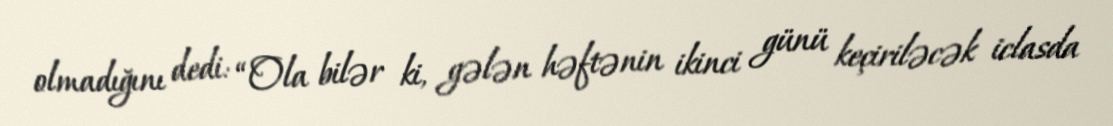
olmadığını dedi: “Ola bilər ki, gələn həftənin ikinci günü keçiriləcək iclasda